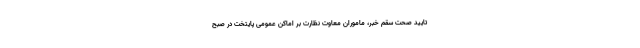
تایید صحت سقم خبر، ماموران معاوت نظارت بر اماکن عمومی پایتخت در صبح